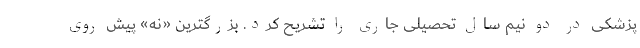
پزشکی در دو نیم سال تحصیلی جاری را تشریح کرد. بزرگترین «نه» پیش‌ رویِ